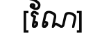
[ណែ]